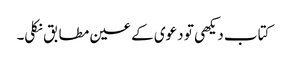
کتاب دیکھی تو دعوی کے عین مطابق نکلی۔